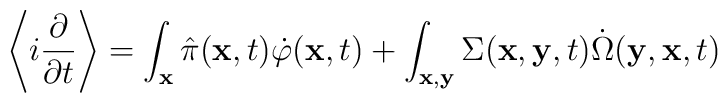
\left \langle i \frac{\partial}{\partial t} \right \rangle =\int_{\bf x} \hat\pi({\bf x}, t) \dot\varphi({\bf x}, t)+ \int_{\bf x,y} \Sigma({\bf x}, {\bf y}, t) \dot\Omega({\bf y}, {\bf x}, t)